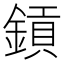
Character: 𨫋